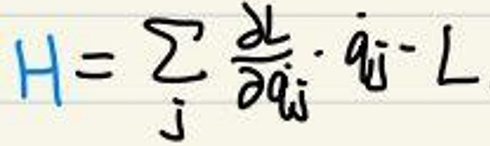
$H = \sum_j \frac{\partial L}{\partial \dot{q}_j} \dot{q}_j - L$